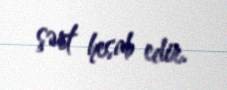
şərt hesab edir.